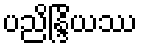
ပညိန္ဒြိယဿ